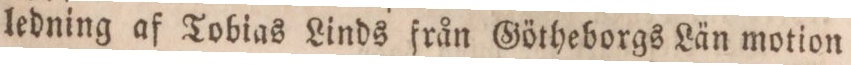
ledning af Tobias Linds från Götheborgs Län motion